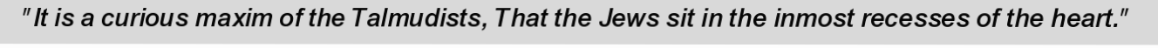
"It is a curious maxim of the Talmudists, That the Jews sit in the inmost recesses of the heart."